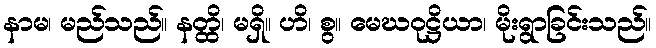
နာမ၊ မည်သည်။ နတ္ထိ၊ မရှိ။ ဟိ၊ စွ။ မေဃဝုဋ္ဌိယာ၊ မိုးရွာခြင်းသည်။